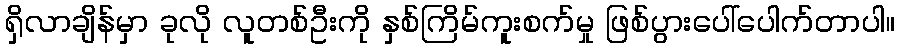
ရှိလာချိန်မှာ ခုလို လူတစ်ဦးကို နှစ်ကြိမ်ကူးစက်မှု ဖြစ်ပွားပေါ်ပေါက်တာပါ။